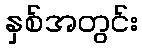
နှစ်အတွင်း